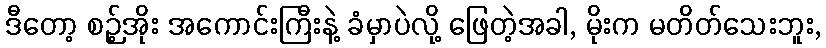
ဒီတော့ စဉ့်အိုး အကောင်းကြီးနဲ့ ခံမှာပဲလို့ ဖြေတဲ့အခါ, မိုးက မတိတ်သေးဘူး,